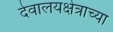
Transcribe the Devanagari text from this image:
देवालयक्षेत्राच्या